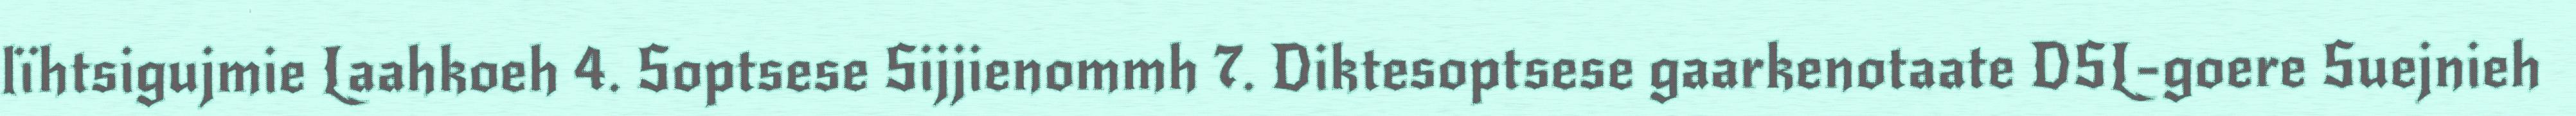
lïhtsigujmie Laahkoeh 4. Soptsese Sijjienommh 7. Diktesoptsese gaarkenotaate DSL-goere Suejnieh